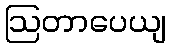
ဩတာပေယျ